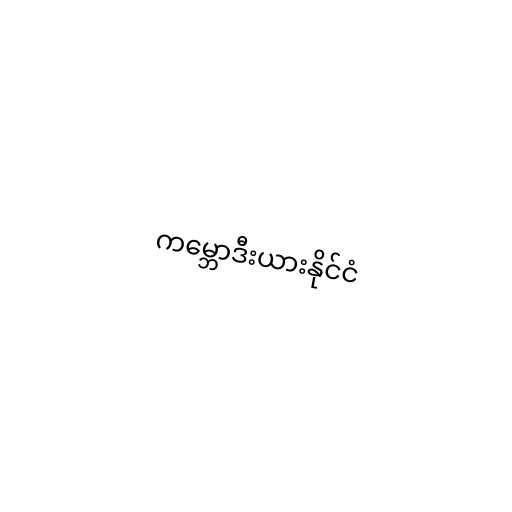
ကမ္ဘောဒီးယားနိုင်ငံ